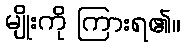
မျိုးကို ကြားရ၏။